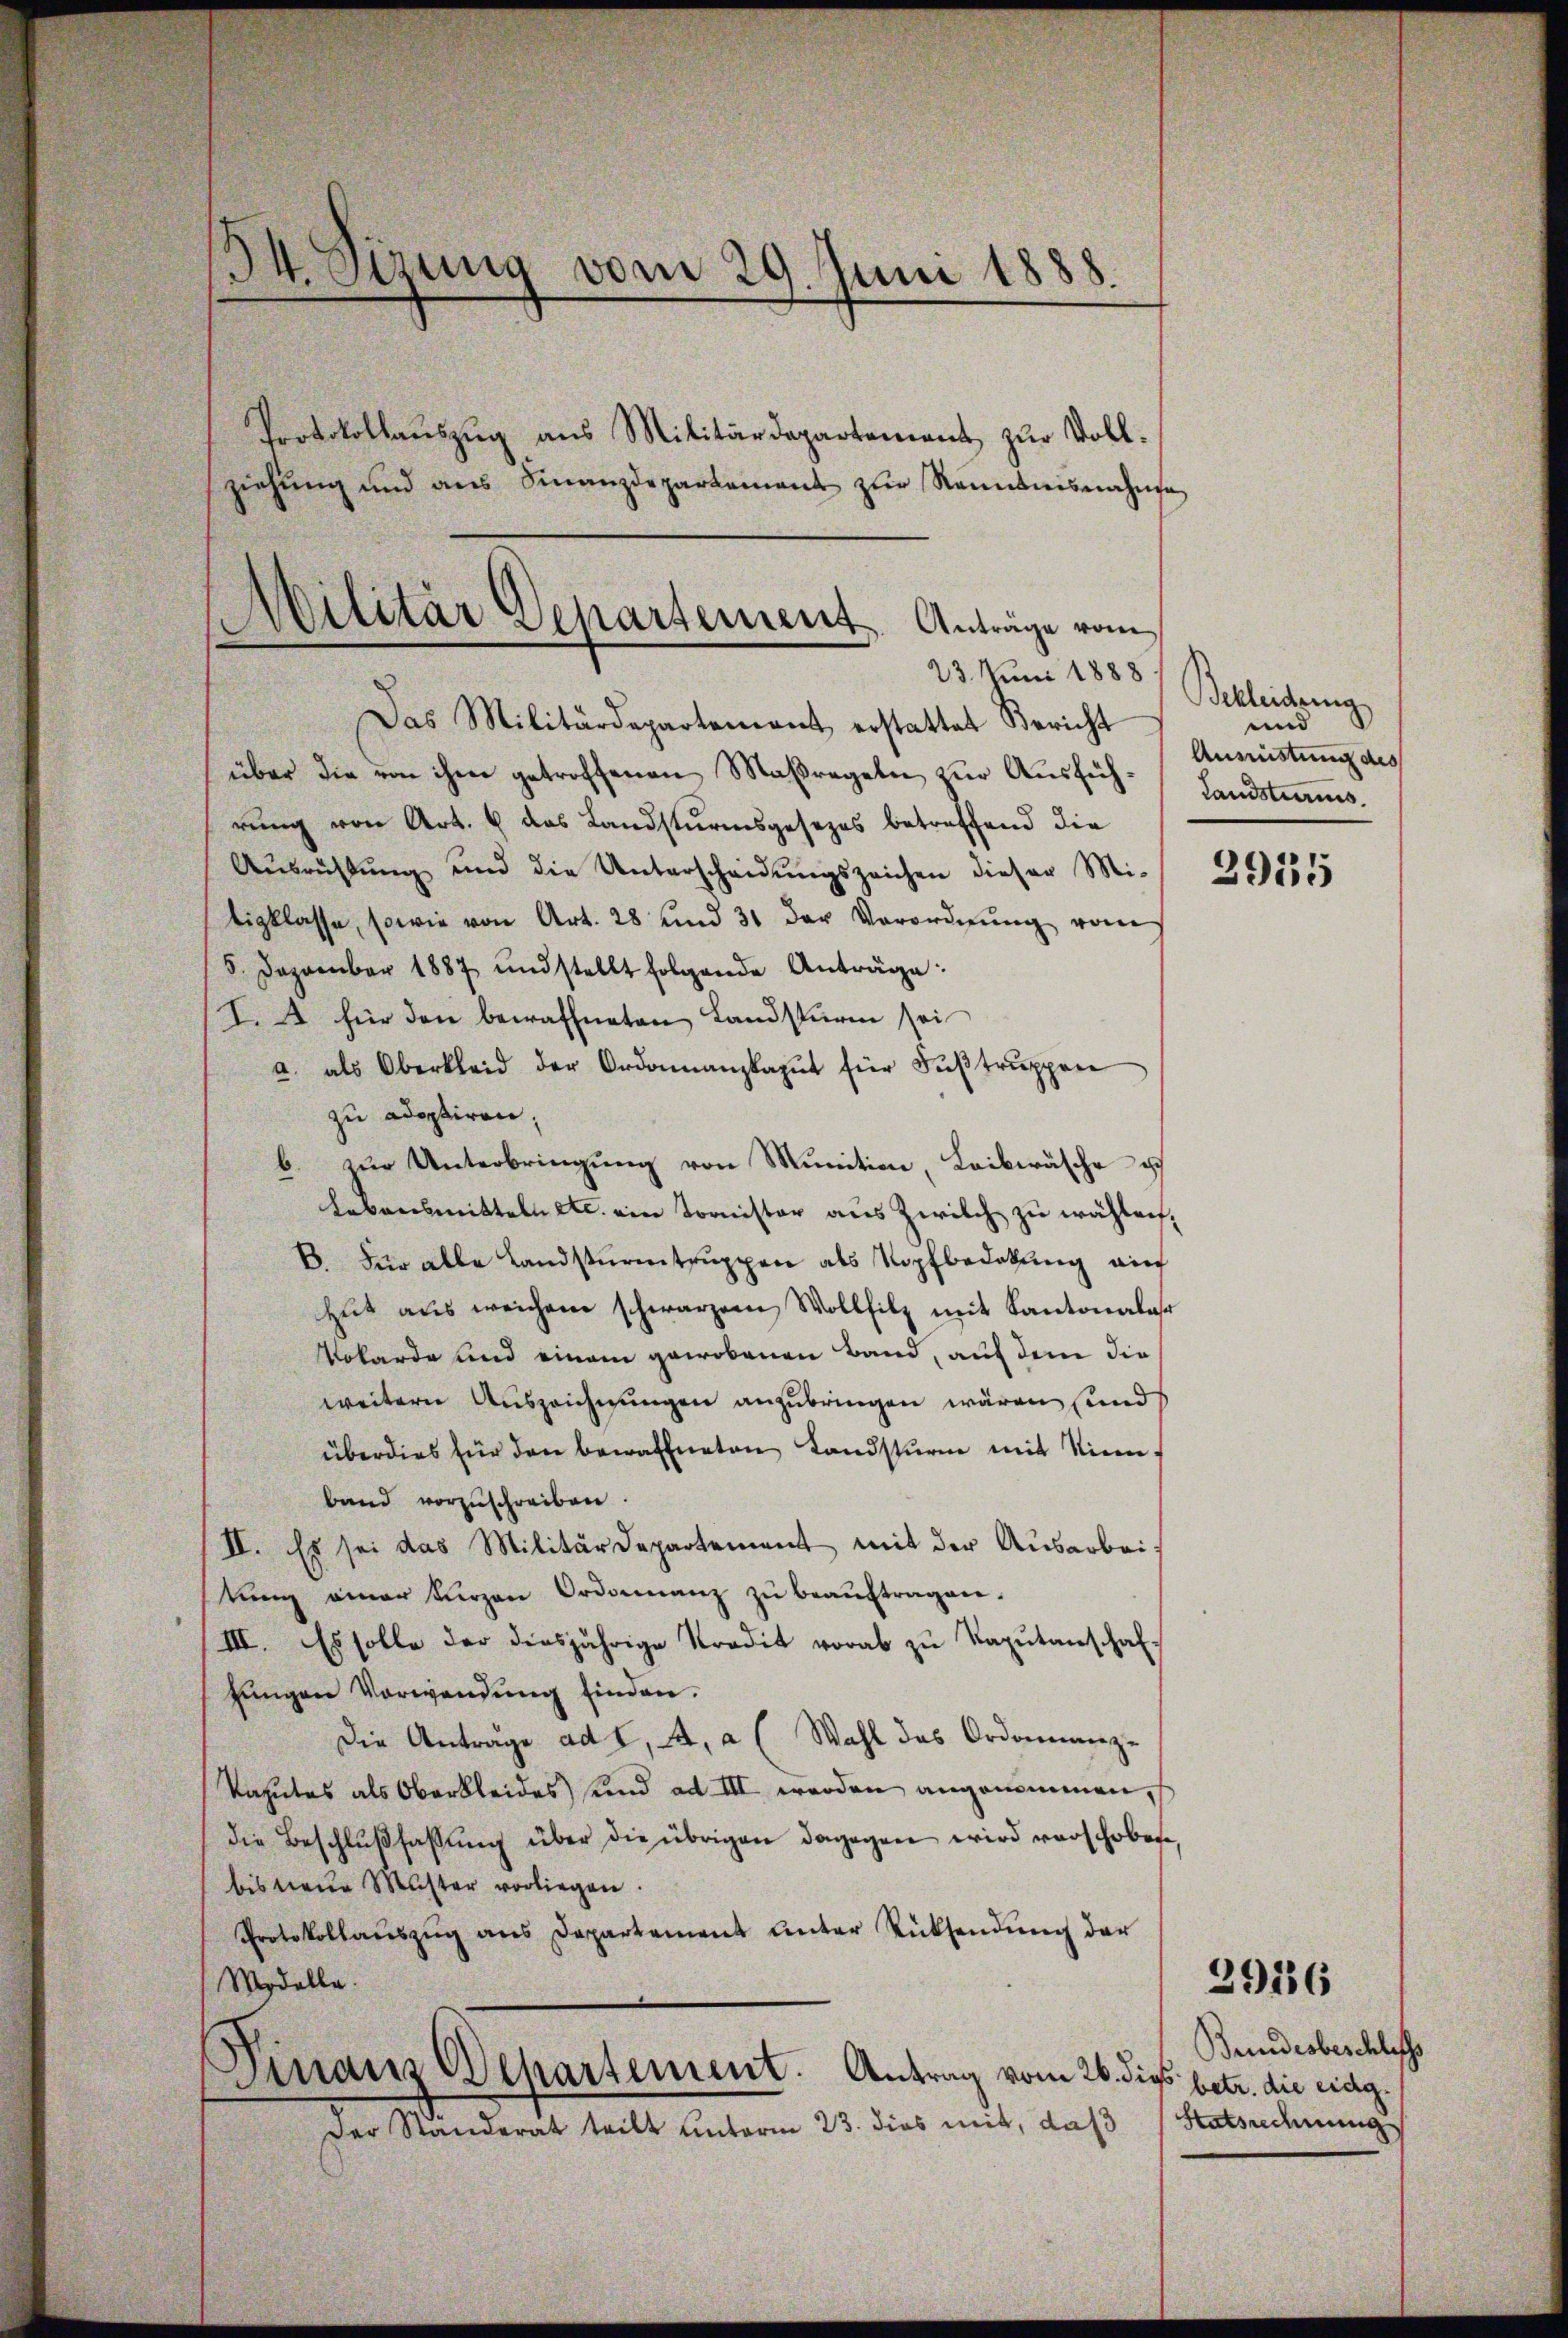
34. Sizung vom 29. Juni 1888.
Protokollaŭszŭg ans Militärdepartement zŭr Voll-
ziehung und aus Finanzdepartement zur Renntnisnahme

Militär Departement Anträge vom
23. Juni 1888.
Das Militärdepartement erstattet Bericht

über die von ihm getroffenen Maßregeln zŭr Aŭsfüh-Landstums.
rŭng von Art. 6 das Landsturmsgesezes betreffend die
Aŭsrühtŭng und die Unterscheidŭngszeichen dieser Mit 1555
tigklasse, sowie von Art. 28 und 31 der Verordnŭng von
5. Dezember 1887 und stellt folgende Anträge:
I.A für den bewaffneten Landsturm sei
a. als Oberkleid der Ordonnanzkapŭt für Fŭβtrŭppen
zu adoptiren;
b. zur Unterbringung von Munition, Leibwäsche ic
Lebensmitteln etc. ein Tornister aus Zwilch zu wählen,
6. Für alle Landsturmtrŭppen als Kopfbedekung auf
hut aus weichem schwarzen Wollfilz mit Kantonales
Wobarde und einem gewobenen Band, auf dem die
weitern Auszeichnungen anzubringen wären sind
überdies für den bewaffneten Landsturm mit Sinn,
band vorzuschreiben.
II. Es sei das Militärdepartement mit der Ausarbeikŭng einer kürzen Ordonanz zŭ beaŭftragen.
III. Es solle der diesjährige Kredit vorab zŭ Kapŭtanschaf
jungen Verwendung finden.
Die Anträge ad I, A. a ( Wahl das Ordonnanz-
Vaputes als Oberkleides und ad III werden angenommen, s
die Beschlŭβfaβŭng über die übrigen dagegen wird verschobene,
bis neue Muster vorliegen.
Protokollaŭszŭg ans Departement ŭnter Rücksendŭng der
Modelle.
Finanz Departement. Antrag vom 26. dieß.
Der Standerat teilt unterm 23. dies mit, daß

Bekleidung
und
Aumistung des

Bundesbeschliess
betr. die eidg.
Hatsudnung

2916